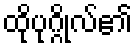
ထိုပုဂ္ဂိုလ်၏